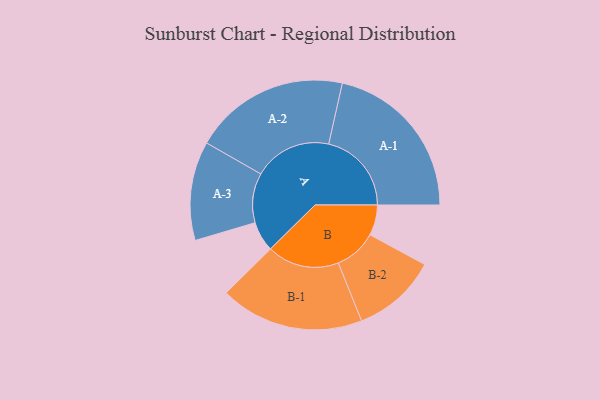
{"axis": {"x": "Segment", "y": "Value"}, "legend": ["", "A", "B"], "data": [{"x": "A", "y": 106, "type": ""}, {"x": "B", "y": 107, "type": ""}, {"x": "A-1", "y": 291, "type": "A"}, {"x": "A-2", "y": 274, "type": "A"}, {"x": "A-3", "y": 174, "type": "A"}, {"x": "B-1", "y": 253, "type": "B"}, {"x": "B-2", "y": 149, "type": "B"}]}